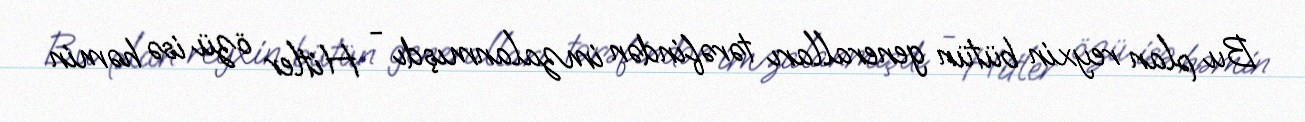
Bu plan reyxin bütün generalları tərəfindən imzalanmışdı - Hitler özü isə həmin